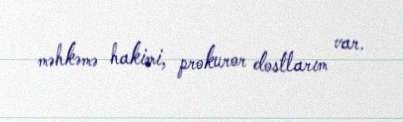
məhkəmə hakimi, prokuror dostlarım var.